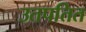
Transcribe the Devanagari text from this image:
उतपतित